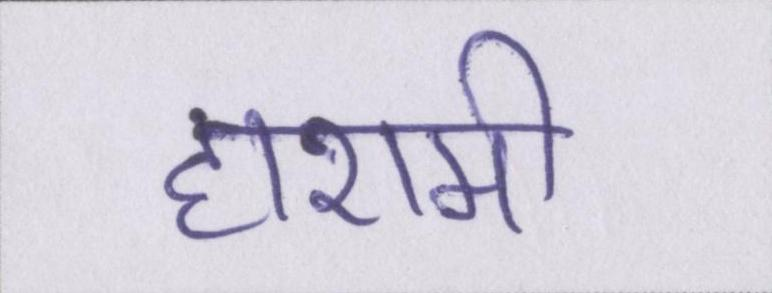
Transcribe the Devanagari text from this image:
हाशमी